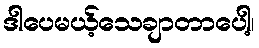
ဒါပေမယ့်သေချာတာပေါ့၊